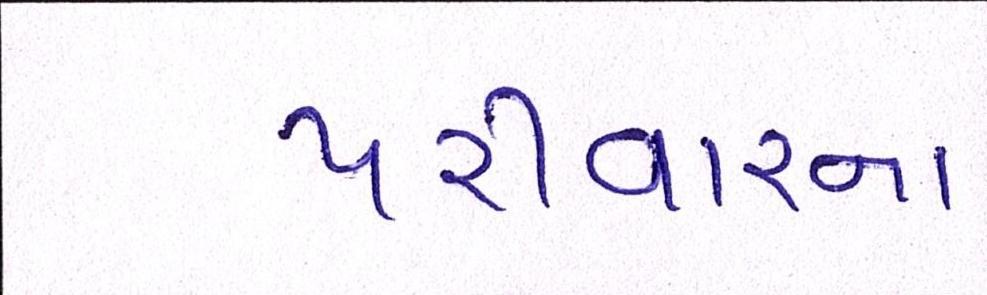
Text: પરીવારના